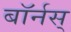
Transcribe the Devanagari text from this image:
बॉर्नस्